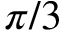
\pi / 3